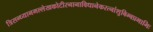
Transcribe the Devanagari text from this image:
त्रिसन्ध्यानमल्लेखकोटीरनानाविधानेकरत्नांशुबिम्बप्रभाभिः